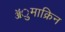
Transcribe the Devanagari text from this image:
ॲुमाक्रिन